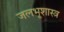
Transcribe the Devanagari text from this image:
जलभूशास्त्र